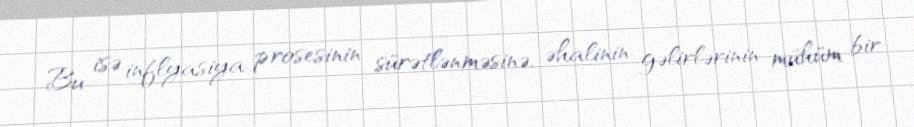
Bu isə inflyasiya prosesinin sürətlənməsinə, əhalinin gəlirlərinin mühüm bir